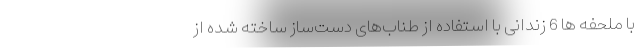
با ملحفه ها 6 زندانی با استفاده از طناب‌های دست‌ساز ساخته شده از